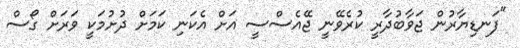
"ފަނޑިޔާރުން ޖަވާބުދާރީ ކުރެވޭނީ ޖޭއެސްސީ އަށް އެކަނި ކަމަށް ދުށުމަކީ ވަރަށް ގޯސް